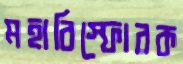
মহাবিস্ফোরক